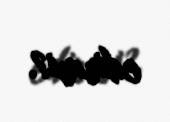
edirmi?.